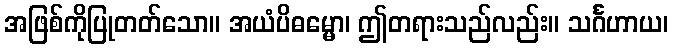
အဖြစ်ကိုပြုတတ်သော။ အယံပိဓမ္မော၊ ဤတရားသည်လည်း။ သင်္ဂဟာယ၊